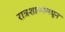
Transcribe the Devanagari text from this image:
रात्रशाळांमधून